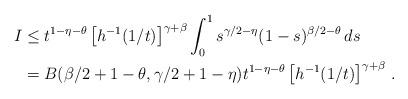
LaTeX: \begin{align*}I &\leq t^{1-\eta-\theta}\left[h^{-1}(1/t)\right]^{\gamma+\beta}\int_0^1 s^{\gamma/2-\eta}(1-s)^{\beta/2-\theta}\, ds \\&= B(\beta/2+1-\theta, \gamma/2+1-\eta)t^{1-\eta-\theta}\left[h^{-1}(1/t)\right]^{\gamma+\beta}\, . \end{align*}